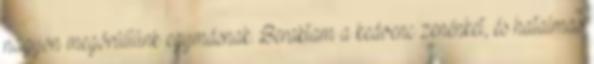
nagyon megörültünk egymásnak. Beraktam a kedvenc zenénket, és hatalmas